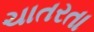
ચાતરતા